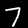
Label: 7